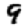
Digit: 9